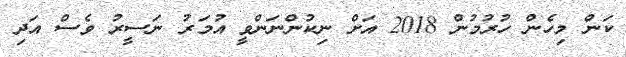
ކަން މިހެން ހުރުމުން 2018 އަށް ނިކުންނަންވީ އުމަރު ނަސީރު ވެސް އަދި